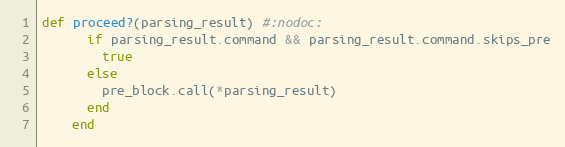
Language: Ruby
def proceed?(parsing_result) #:nodoc:
      if parsing_result.command && parsing_result.command.skips_pre
        true
      else
        pre_block.call(*parsing_result)
      end
    end